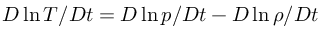
D \ln T / D t = D \ln p / D t - D \ln \rho / D t